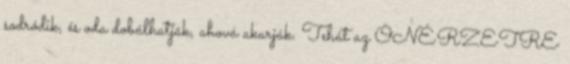
sodródik, és oda dobálhatják, ahová akarják. Tehát az ÖNÉRZETRE